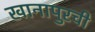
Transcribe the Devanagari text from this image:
खानापुरची